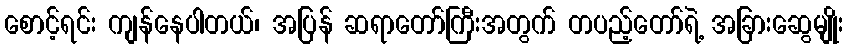
စောင့်ရင်း ကျန်နေပါတယ်၊ အပြန် ဆရာတော်ကြီးအတွက် တပည့်တော်ရဲ့ အခြားဆွေမျိုး